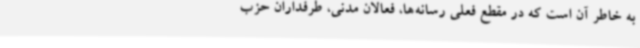
به خاطر آن است که در مقطع فعلی رسانه‌ها، فعالان مدنی، طرفداران حزب